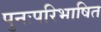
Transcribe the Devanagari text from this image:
पुनःपरिभाषित